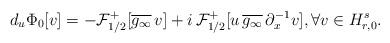
LaTeX: \begin{align*}d_u \Phi_0 [v] = - \mathcal F_{1/2}^+ [\overline{g_\infty} \, v ]+ i \, \mathcal F_{1/2}^+ [ u \, \overline{g_\infty} \, \partial_x^{-1}v] , \forall v \in H^s_{r,0} .\end{align*}